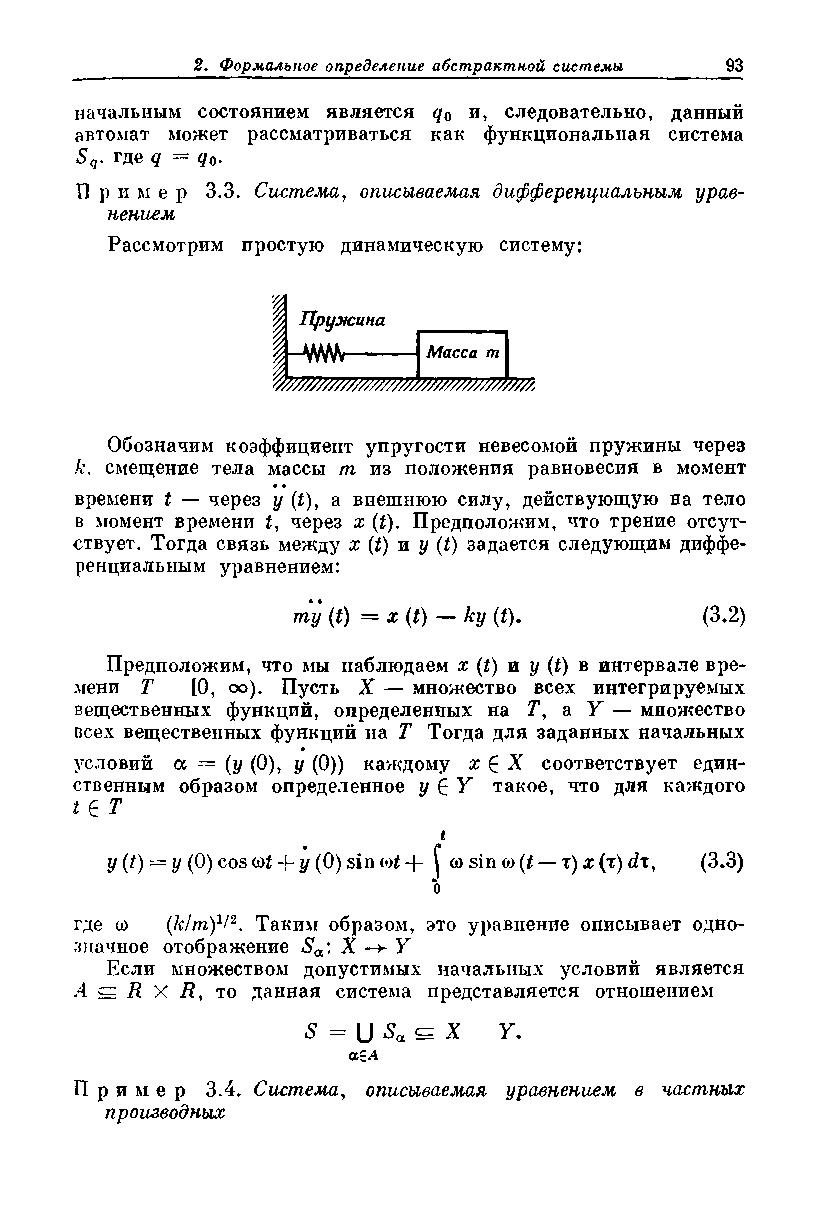
начальным состоянием является q0 и, следовательно, данный
 автомат может рассматриваться как функциональная система
 Sq. где q = qQ.
 Пр и ме р 3.3. Система, описываемая дифференциальным урав­
 нением
 Рассмотрим простую динамическую систему:
 Пружина
 \-ш
 Масса т
 1    —
 ёшштшяЫшшШ
 Обозначим коэффициент упругости невесомой пружины через
 А\ смещение тела массы т из положения равновесия в момент
 времени t — через у (t), а внешнюю силу, действующую на тело
 в момент времени t, через х (t). Предположим, что трение отсут­
 ствует. Тогда связь между х (t) и у (t) задается следующим диффе­
 ренциальным уравнением:
 ту (t) = х (t) — ky (t).   (3.2)
 Предположим, что мы наблюдаем х (t) и у (t) в интервале вре­
 мени Т  [0, оо). Пусть X — множество всех интегрируемых
 вещественных функций, определенных на Г, а У — множество
 всех вещественных функций на Т Тогда для заданных начальных
 условий а ~ (у (0), у (0)) каждому х £ X соответствует един­
 ственным образом определенное у в Y такое, что для каждого
 t е т
 t
 y(t) = y (0) cos iot + у (0) sin cot + [ <*> sin о) (t — т) x (t) <2t, (3.3)
 о
 где со (him)1/2. Таким образом, это уравнение описывает одно­
 значное отображение Sa: X Y
 Если множеством допустимых начальных условий является
 .4 g fl X Л, то данная система представляется отношением
 5 = U Sa с= X у.
 а~А
 Пр и м е р 3.4. Система, описываемая уравнением в частных
 производных